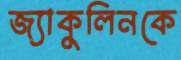
জ্যাকুলিনকে